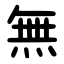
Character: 無